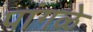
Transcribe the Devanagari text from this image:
पांगळे